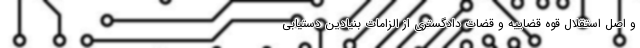
و اصل استقلال قوه قضاییه و قضات دادگستری از الزامات بنیادین دستیابی